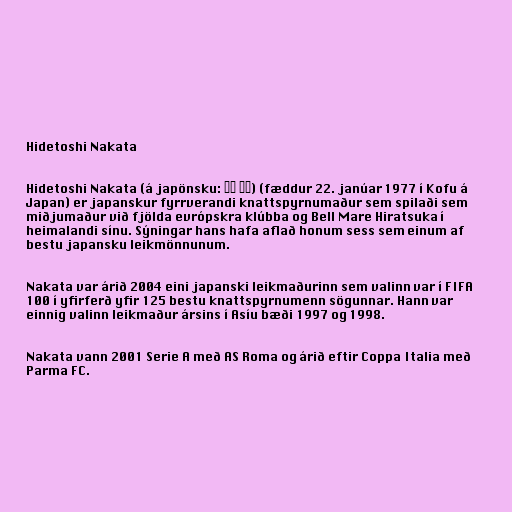
Hidetoshi Nakata

Hidetoshi Nakata (á japönsku: 中田 英寿) (fæddur 22. janúar 1977 í Kofu á
Japan) er japanskur fyrrverandi knattspyrnumaður sem spilaði sem
miðjumaður við fjölda evrópskra klúbba og Bell Mare Hiratsuka í
heimalandi sínu. Sýningar hans hafa aflað honum sess sem einum af
bestu japansku leikmönnunum.

Nakata var árið 2004 eini japanski leikmaðurinn sem valinn var í FIFA
100 í yfirferð yfir 125 bestu knattspyrnumenn sögunnar. Hann var
einnig valinn leikmaður ársins í Asíu bæði 1997 og 1998.

Nakata vann 2001 Serie A með AS Roma og árið eftir Coppa Italia með
Parma FC.